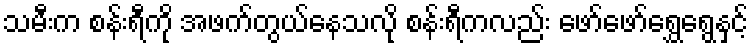
သမီးက စန်းရီကို အဖက်တွယ်နေသလို စန်းရီကလည်း ဖော်ဖော်ရွှေရွေနှင့်